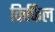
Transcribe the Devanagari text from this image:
किफिल